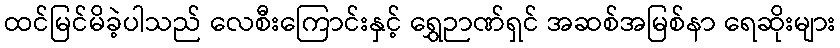
ထင်မြင်မိခဲ့ပါသည် လေစီးကြောင်းနှင့် ရွှေဉာဏ်ရှင် အဆစ်အမြစ်နာ ရေဆိုးများ